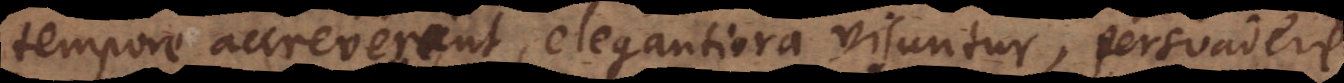
tempore accreverant, elegantiora visuntur, persuadere